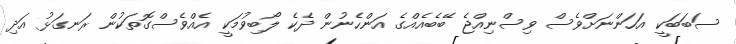
ސަބަބަކީ އަހަންނަށްވެސް ވިސްނިއްޖެ ބޭބެއެއްގެ އަންހެނުން ދެކެ ލޯބިވުމަކީ އެއްވެސްގޮތަކުން ރަނގަޅު އަދި